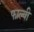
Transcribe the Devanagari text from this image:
फाल्वी